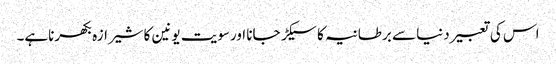
اس کی تعبیر دنیا سے برطانیہ کا سیکڑ جانا اورسویت یونین کا شیرازہ بکھرناہے۔